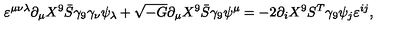
\varepsilon ^ { \mu \nu \lambda } \partial _ { \mu } X ^ { 9 } \bar { S } \gamma _ { 9 } \gamma _ { \nu } \psi _ { \lambda } + \sqrt { - G } \partial _ { \mu } X ^ { 9 } \bar { S } \gamma _ { 9 } \psi ^ { \mu } = - 2 \partial _ { i } X ^ { 9 } S ^ { T } \gamma _ { 9 } \psi _ { j } \varepsilon ^ { i j } ,